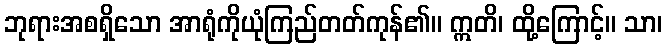
ဘုရားအစရှိသော အာရုံကိုယုံကြည်တတ်ကုန်၏။ ဣတိ၊ ထို့ကြောင့်။ သာ၊